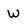
Character: W